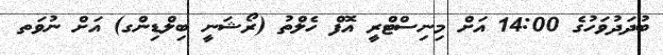
ބުދަދުވަހުގެ 14:00 އަށް މިނިސްޓްރީ އޮފް ހެލްތު (ރޯޝަނީ ބިލްޑިންގ) އަށް ނުވަތ